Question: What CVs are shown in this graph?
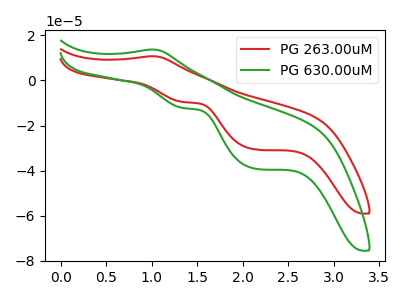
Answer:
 <answer>The red curve is labeled "PG 263.00uM". The green curve is labeled "PG 630.00uM".</answer>
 <eval></eval>